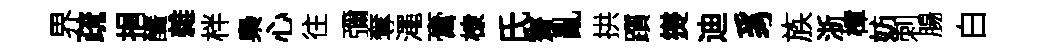
界疏捐釅雜柈梟心往彌奪澠膏棣氏齋亂拱躓爕迪豸族浙樟妨刺腸白